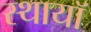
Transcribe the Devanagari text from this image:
स्थायॉ